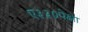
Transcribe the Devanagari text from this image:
ए३३०पेक्षा